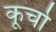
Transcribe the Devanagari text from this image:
कूर्चो